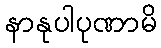
နာနုပါပုဏာမိ